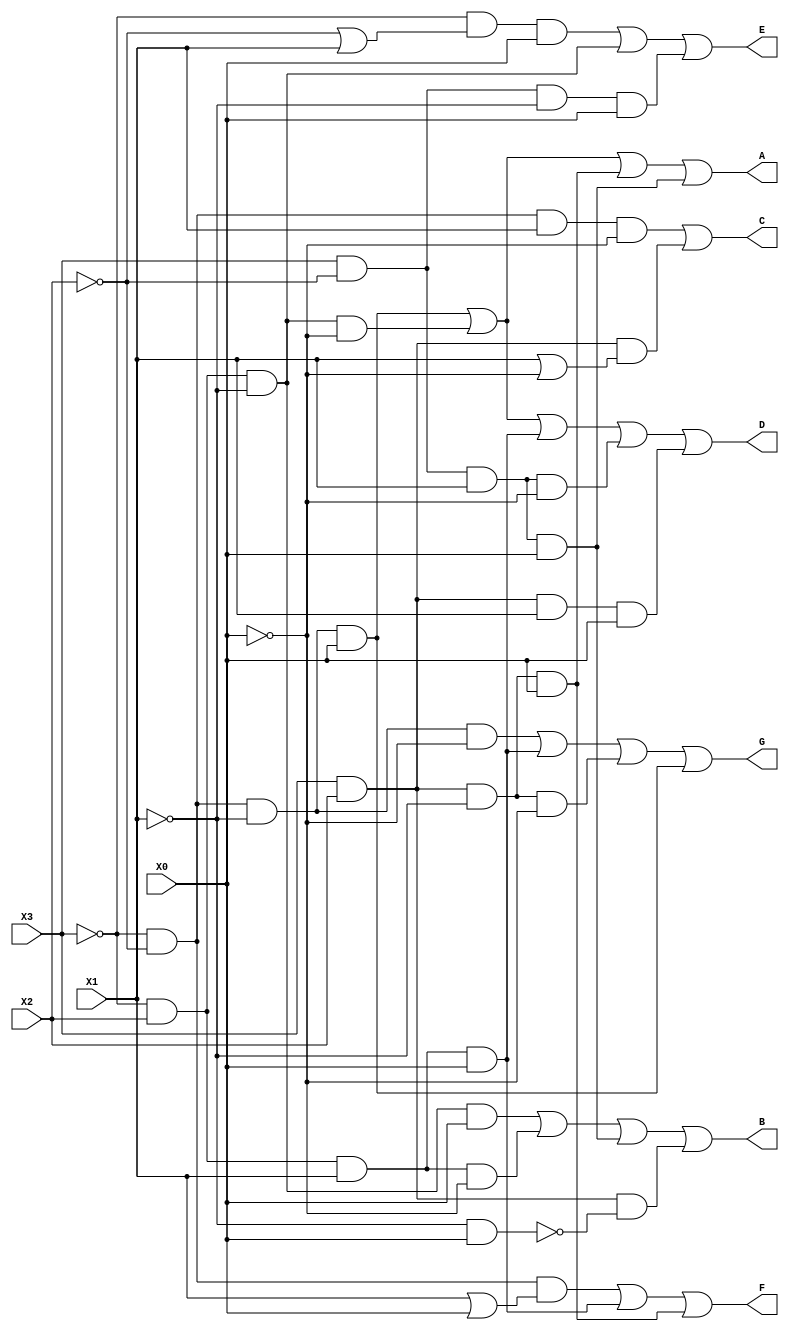
module seven_seg_decoder(X3, X2, X1, X0, A, B, C, D, E, F, G);
    input X3, X2, X1, X0;
    output A, B, C, D, E, F, G;

    assign A = (~X3 & ~X2 & ~X1 & X0) | (~X3 & X2 & ~X1 & ~X0) | (X3 & X2 & ~X1 & X0) | (X3 & ~X2 & X1 & X0);
    assign B = (~X3 & X2 & ~X1 & X0) | (~X3 & X2 & X1 & ~X0) | (X3 & ~X2 & X1 & X0) | (X3 & X2 & ~(~X1 & X0));
    assign C = (~X3 & ~X2 & X1 & ~X0) | (X3 & X2 & (X1 | ~X0));
    assign D = (~X3 & ~X2 & ~X1 & X0) | (~X3 & X2 & ~X1 & ~X0) | (~X3 & X2 & X1 & X0) | (X3 & ~X2 & X1 & ~X0) | (X3 & X2 & X1 & X0);
    assign E = (~X3 & (~X2 | X1) & X0) | (~X3 & X2 & ~X1) | (X3 & ~X2 & ~X1 & X0);
    assign F = (~X3 & ~X2 & (X1 | X0)) | (~X3 & X2 & X1 & X0) | (X3 & X2 & ~X1 & X0);
    assign G = (~X3 & ~X2 & ~X1 & ~X0) | (~X3 & X2 & X1 & X0) | (X3 & X2 & ~X1 & ~X0) | (~X3 & ~X2 & ~X1 & X0);

endmodule